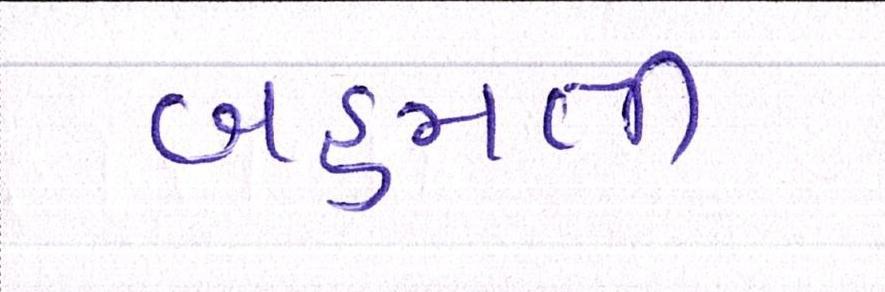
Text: બહુમતી